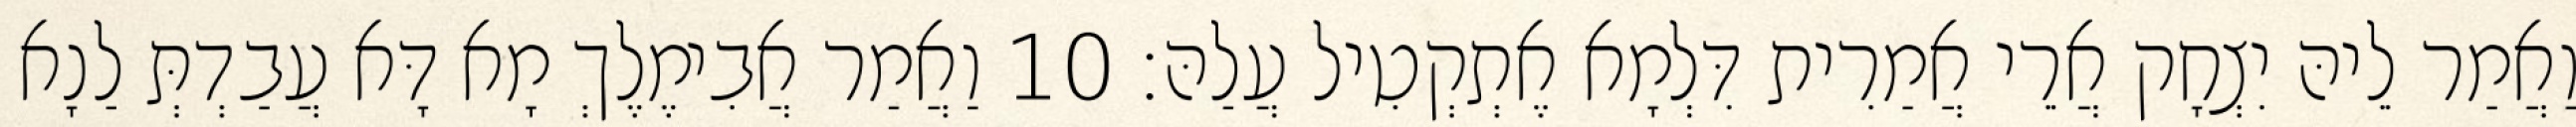
וַאֲמַר לֵיהּ יִצְחָק אֲרֵי אֲמַרִית דִּלְמָא אֶתְקְטִיל עֲלַהּ׃ 10 וַאֲמַר אֲבִימֶלֶךְ מָא דָּא עֲבַדְתְּ לַנָא